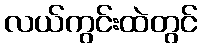
လယ်ကွင်းထဲတွင်